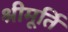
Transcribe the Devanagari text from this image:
श्रीमूर्ति